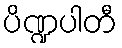
ပိဏ္ဍပါတီ